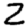
Digit: 2